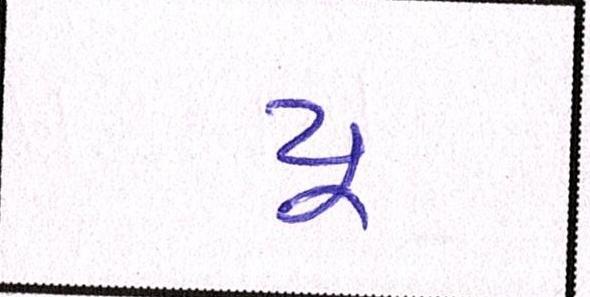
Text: યૂ